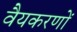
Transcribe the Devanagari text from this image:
वैयकरणों